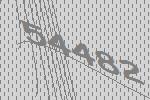
54482